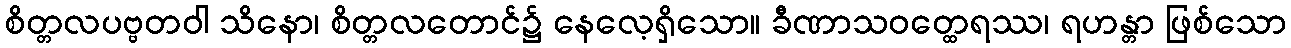
စိတ္တလပဗ္ဗတဝါ သိနော၊ စိတ္တလတောင်၌ နေလေ့ရှိသော။ ခီဏာသဝတ္ထေရဿ၊ ရဟန္တာ ဖြစ်သော